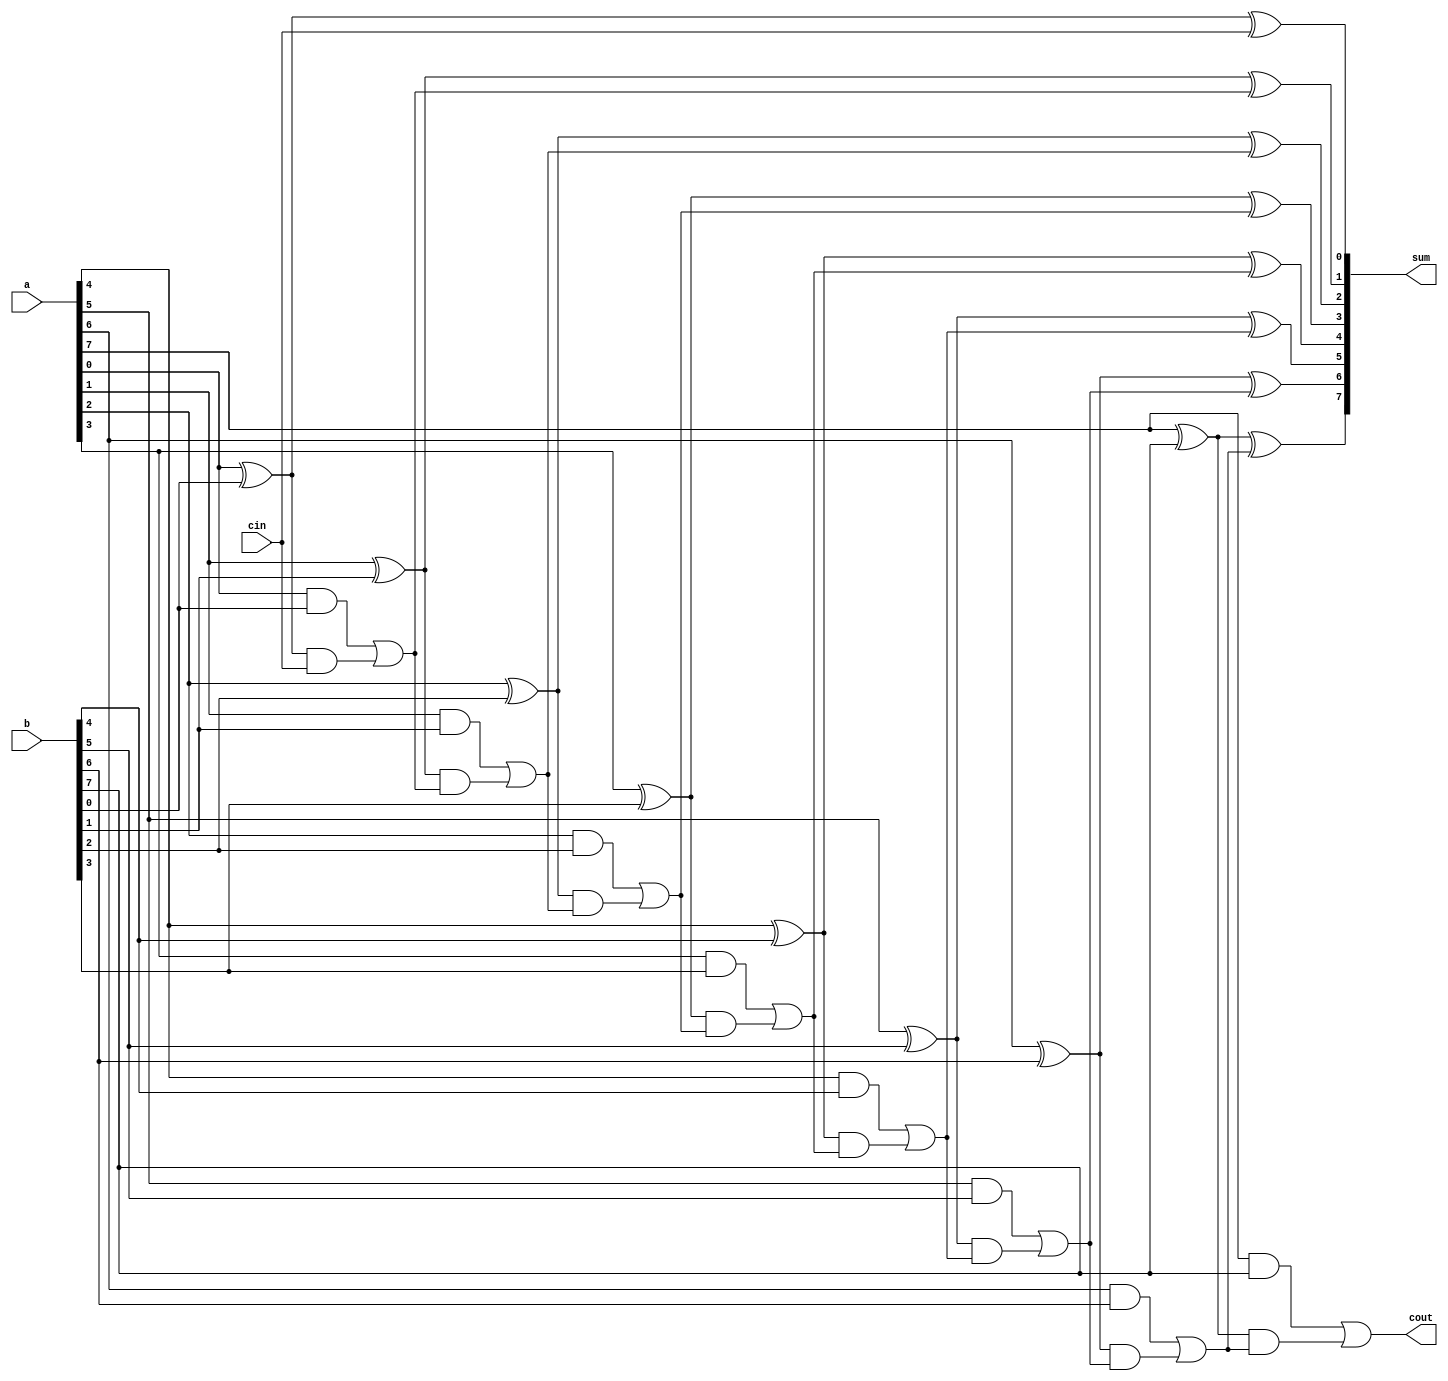
`timescale 1ns / 1ps
//////////////////////////////////////////////////////////////////////////////////
// Company: 
// Engineer: 
// 
// Design Name: 
// Module Name: NbitCLA_Adder
// Project Name: 
// Target Devices: 
// Tool Versions: 
// Description: 
// 
// Dependencies: 
// 
// Revision:
// Revision 0.01 - File Created
// Additional Comments:
// 
//////////////////////////////////////////////////////////////////////////////////


module NbitCLA_Adder(
  a,b,sum,cin,cout
    );
    parameter N=8;
    input [N-1:0] a;
    input [N-1:0] b;
    input cin;
    output reg [N-1:0]sum;
    output reg  cout;
    reg [N-1:0] g;
    reg [N-1:0] p;
    reg [N:0] c;
    integer i;
    //carry generator
    always@(*) begin
    for(i=0;i<N;i=i+1) 
       begin
        g[i] = a[i] & b[i];
       end
    
    //carry propagator
    for(i=0;i<N;i=i+1) 
       begin
          p[i] = a[i] ^ b[i];
       end
    
     c[0]=cin;
    for(i=0;i<N;i=i+1) 
       begin
          c[i+1]=g[i] | (p[i]&c[i]);
       end
    //sum
    for(i=0;i<N;i=i+1) 
       begin
          sum[i] = p[i] ^ c[i];
       end
     cout=c[N];
    end
    
endmodule